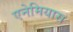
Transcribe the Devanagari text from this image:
एनेमियास